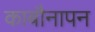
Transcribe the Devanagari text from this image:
काबौनापन